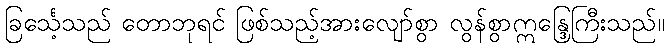
ခြင်္သေ့သည် တောဘုရင် ဖြစ်သည့်အားလျော်စွာ လွန်စွာဣန္ဒြေကြီးသည်။